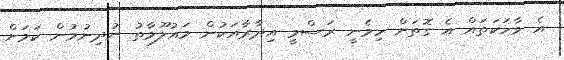
އެ ވާހަކަތައް އެ ގޮތަށް ހިމެނީ ރަސްމީ އިދާރާއަކުން މައުލޫމާތު ނުދިނުމުން ކަމަށް